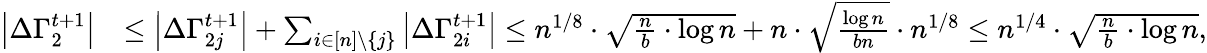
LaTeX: \begin{array}{rl}{\left|\Delta\Gamma_{2}^{t+1}\right|}&{\leq\left|\Delta\Gamma_{2j}^{t+1}\right|+\sum_{i\in[n]\setminus\{ j\} }\left|\Delta\Gamma_{2i}^{t+1}\right|\leq n^{1/8}\cdot\sqrt{\frac{n}{b}\cdot\log n}+n\cdot\sqrt{\frac{\log n}{bn}}\cdot n^{1/8}\leq n^{1/4}\cdot\sqrt{\frac{n}{b}\cdot\log n},}\end{array}